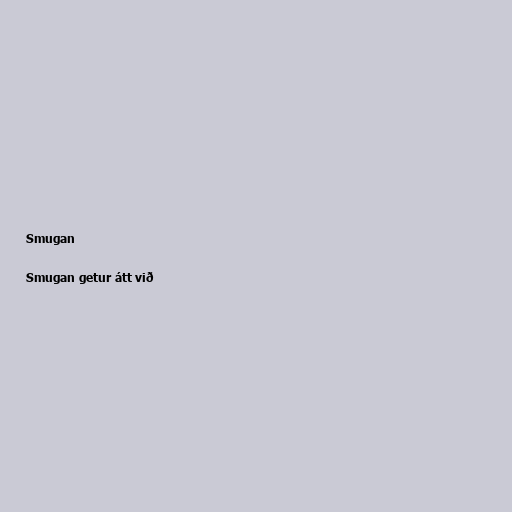
Smugan

Smugan getur átt við